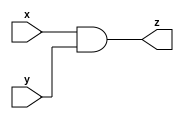
module bitwise_and
#( 
    parameter WIDTH = 8
)
(
    input  [WIDTH - 1:0] x,y,
    output [WIDTH - 1:0] z
);
    assign z = x & y;
endmodule